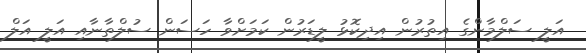
އަލީ ސަލްމާންގެ އިތުރުން އިދިކޮޅު ލީޑަރުން ކަމަށްވާ ހަސަން ސުލްތާނާއި އަލީ އަލް